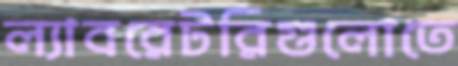
ল্যাবরেটরিগুলোতে